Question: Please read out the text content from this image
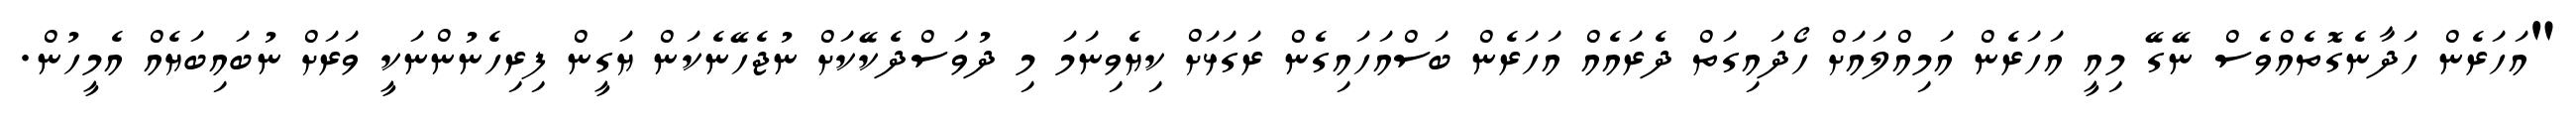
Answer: "އަހަރެން ހަދާނެގޮތެއްވެސް ނޭގޭ މިއީ އަހަރެން އަމިއްލައަށް ހޯދައިގަތް ދެރައެއް އަހަރެން ބަސްއަހައިގެން ރަގަޅަށް ކިޔެވިނަމަ މި ދުވަސްދެކޭކަށް ނުޖެހޭނެކަން ޔަގީން ފިރިހެނުންނަކީ ވަރަށް ނުބައިބަޔެއް އެމީހުން.